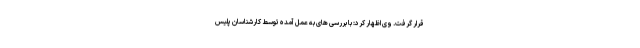
قرار گرفت. وی اظهار کرد: با بررسی های به عمل آمده توسط کارشناسان پلیس